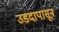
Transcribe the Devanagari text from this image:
उडदापासून